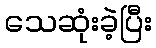
သေဆုံးခဲ့ပြီး